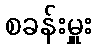
စခန်းမှူး